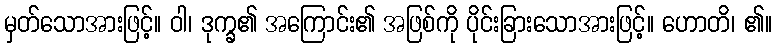
မှတ်သောအားဖြင့်။ ဝါ၊ ဒုက္ခ၏ အကြောင်း၏ အဖြစ်ကို ပိုင်းခြားသောအားဖြင့်။ ဟောတိ၊ ၏။